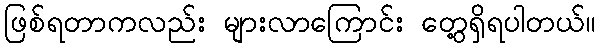
ဖြစ်ရတာကလည်း များလာကြောင်း တွေ့ရှိရပါတယ်။